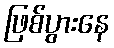
ဖြစ်ပွားနေ